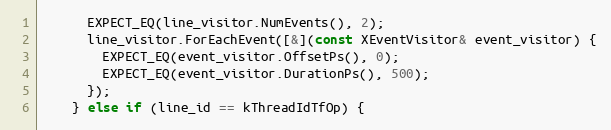
Language: C++
      EXPECT_EQ(line_visitor.NumEvents(), 2);
      line_visitor.ForEachEvent([&](const XEventVisitor& event_visitor) {
        EXPECT_EQ(event_visitor.OffsetPs(), 0);
        EXPECT_EQ(event_visitor.DurationPs(), 500);
      });
    } else if (line_id == kThreadIdTfOp) {